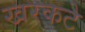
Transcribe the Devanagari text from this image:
खरकटे